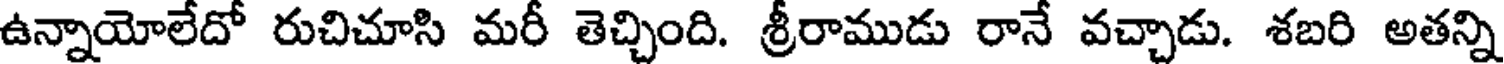
ఉన్నాయోలేదో రుచిచూసి మరీ తెచ్చింది. శ్రీరాముడు రానే వచ్చాడు. శబరి అతన్ని